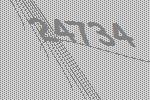
24734